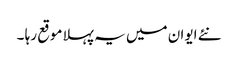
نئے ایوان میں یہ پہلا موقع رہا ۔